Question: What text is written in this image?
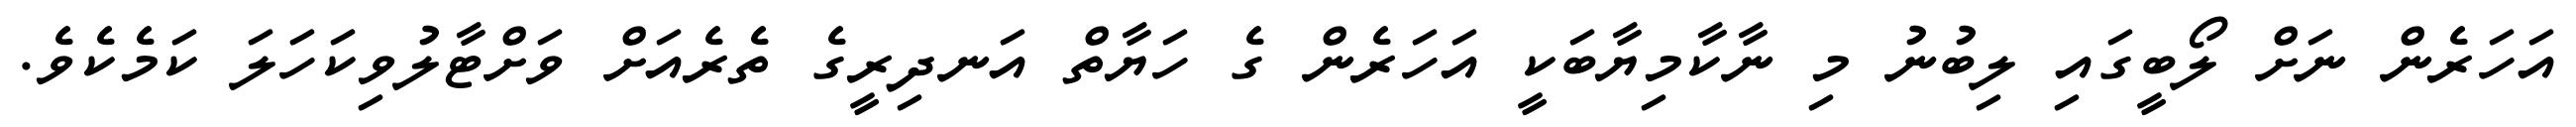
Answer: އަހަރެން ނަށް ލޯބީގައި ލިބުނު މި ނާކާމިޔާބަކީ އަހަރެން ގެ ހަޔާތް އަނދިރީގެ ތެރެއަށް ވަށްޓާލުވިކަހަލަ ކަމެކެވެ.